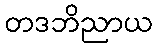
တဒဘိညာယ